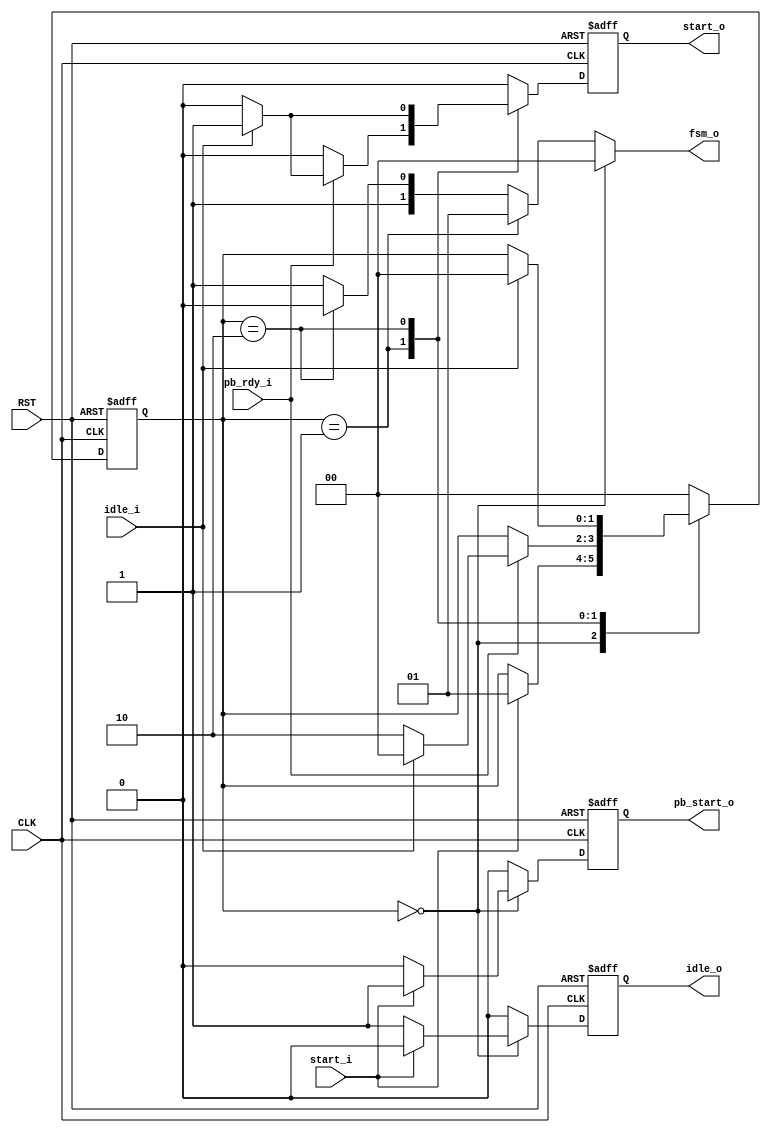
module SingleSM
(
 input  wire 	   CLK,
 input  wire 	   RST,
 input  wire 	   start_i,
 output reg 	   idle_o,
 input  wire 	   idle_i,
 output reg 	   start_o,
 input  wire 	   pb_rdy_i,
 output reg 	   pb_start_o,
 output wire [1:0] fsm_o
);

    // from/to SM(m)
    // from/to SM(m+1)
    // from/to processing block
    // state debug

    parameter [1:0]
      IDLE = 0,
      WAIT_FOR_BLK_RDY = 1,
      WAIT_FOR_BLK_IDLE = 2;
    
    reg [1:0] 	   state;  
    
    assign fsm_o = state == IDLE ? 2'b00 : 
		   state == WAIT_FOR_BLK_RDY ? 2'b01 : 
		   state == WAIT_FOR_BLK_IDLE ? 2'b10 : 
		   2'b11;
    
    //----------------------------------------------------------------------------
    // FSM
    //----------------------------------------------------------------------------
    always @(posedge CLK or posedge RST) begin
	if(RST == 1'b1) begin
	    idle_o <= 1'b0;
	    start_o <= 1'b0;
	    pb_start_o <= 1'b0;
	    state <= IDLE;
	end 
	else begin
	    idle_o <= 1'b0;
	    start_o <= 1'b0;
	    pb_start_o <= 1'b0;
	    
	    case(state)
	      IDLE : begin
		  idle_o <= 1'b1;
		  // this fsm is started
		  if(start_i == 1'b1) begin
		      state <= WAIT_FOR_BLK_RDY;
		      // start processing block associated with this FSM
		      pb_start_o <= 1'b1;
		      idle_o <= 1'b0;
		  end
	      end
	      
	      WAIT_FOR_BLK_RDY : begin
		  // wait until processing block completes
		  if(pb_rdy_i == 1'b1) begin
		      // wait until next FSM is idle before starting it
		      if(idle_i == 1'b1) begin
			  state <= IDLE;
			  start_o <= 1'b1;
		      end
		      else begin
			  state <= WAIT_FOR_BLK_IDLE;
		      end
		  end
	      end
	      
	      WAIT_FOR_BLK_IDLE : begin
		  if(idle_i == 1'b1) begin
		      state <= IDLE;
		      start_o <= 1'b1;
		  end
	      end
	      
	      default : begin
		  idle_o <= 1'b0;
		  start_o <= 1'b0;
		  pb_start_o <= 1'b0;
		  state <= IDLE;
	      end
	    endcase
	end
    end
    
endmodule